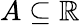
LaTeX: A\subseteq\mathbb{R}